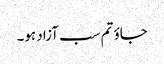
جاوٴ تم سب آزاد ہو۔